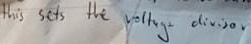
Text: this sets the voltage divisor